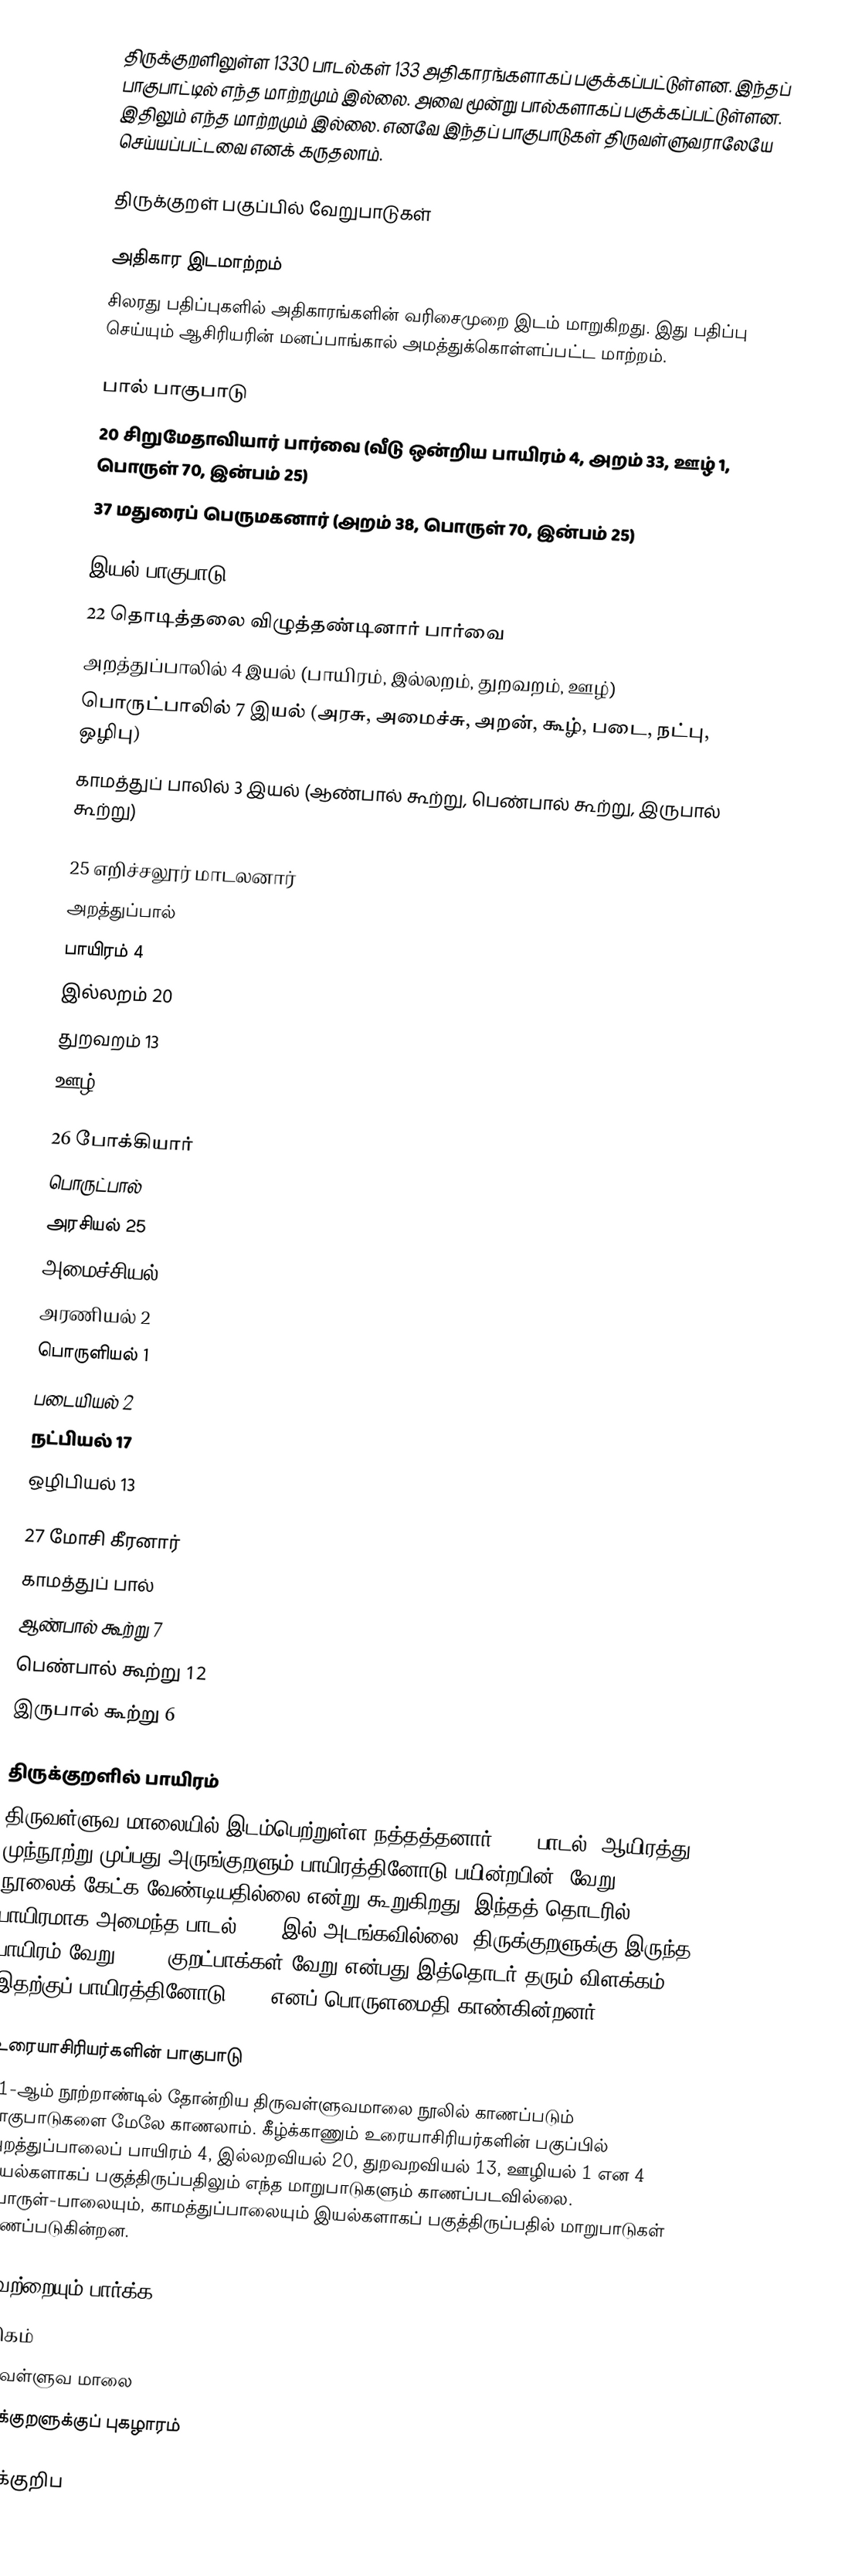
திருக்குறளிலுள்ள 1330 பாடல்கள் 133 அதிகாரங்களாகப் பகுக்கப்பட்டுள்ளன. இந்தப் பாகுபாட்டில் எந்த மாற்றமும் இல்லை. அவை மூன்று பால்களாகப் பகுக்கப்பட்டுள்ளன. இதிலும் எந்த மாற்றமும் இல்லை. எனவே இந்தப் பாகுபாடுகள் திருவள்ளுவராலேயே செய்யப்பட்டவை எனக் கருதலாம்.

திருக்குறள் பகுப்பில் வேறுபாடுகள்

அதிகார இடமாற்றம்
சிலரது பதிப்புகளில் அதிகாரங்களின் வரிசைமுறை இடம் மாறுகிறது. இது பதிப்பு செய்யும் ஆசிரியரின் மனப்பாங்கால் அமத்துக்கொள்ளப்பட்ட மாற்றம்.

பால் பாகுபாடு
20 சிறுமேதாவியார் பார்வை (வீடு ஒன்றிய பாயிரம் 4, அறம் 33, ஊழ் 1, பொருள் 70, இன்பம் 25)
37 மதுரைப் பெருமகனார் (அறம் 38, பொருள் 70, இன்பம் 25)

இயல் பாகுபாடு
22 தொடித்தலை விழுத்தண்டினார் பார்வை
 அறத்துப்பாலில் 4 இயல் (பாயிரம், இல்லறம், துறவறம், ஊழ்)
 பொருட்பாலில் 7 இயல் (அரசு, அமைச்சு, அறன், கூழ், படை, நட்பு, ஒழிபு)
 காமத்துப் பாலில் 3 இயல் (ஆண்பால் கூற்று, பெண்பால் கூற்று, இருபால் கூற்று)

25 எறிச்சலூர் மாடலனார்
அறத்துப்பால்
 பாயிரம் 4
 இல்லறம் 20
 துறவறம் 13
 ஊழ் 1

26 போக்கியார்
பொருட்பால்
 அரசியல் 25
 அமைச்சியல் 10
 அரணியல் 2
 பொருளியல் 1
 படையியல் 2
 நட்பியல் 17
 ஒழிபியல் 13

27 மோசி கீரனார்
காமத்துப் பால்
 ஆண்பால் கூற்று 7
 பெண்பால் கூற்று 12
 இருபால் கூற்று 6

திருக்குறளில் பாயிரம்
திருவள்ளுவ மாலையில் இடம்பெற்றுள்ள  நத்தத்தனார் (16) பாடல் 'ஆயிரத்து முந்நூற்று முப்பது அருங்குறளும் பாயிரத்தினோடு பயின்றபின்' வேறு நூலைக் கேட்க வேண்டியதில்லை என்று கூறுகிறது. இந்தத் தொடரில் பாயிரமாக அமைந்த பாடல் 1330-இல் அடங்கவில்லை. திருக்குறளுக்கு இருந்த பாயிரம் வேறு, 1330 குறட்பாக்கள் வேறு என்பது இத்தொடர் தரும் விளக்கம். இதற்குப் பாயிரத்தினோடு 1330 எனப் பொருளமைதி காண்கின்றனர்.

உரையாசிரியர்களின் பாகுபாடு
11-ஆம் நூற்றாண்டில் தோன்றிய திருவள்ளுவமாலை நூலில் காணப்படும் பாகுபாடுகளை மேலே காணலாம். கீழ்க்காணும் உரையாசிரியர்களின் பகுப்பில் அறத்துப்பாலைப் பாயிரம் 4, இல்லறவியல் 20, துறவறவியல் 13, ஊழியல் 1 என 4 இயல்களாகப் பகுத்திருப்பதிலும் எந்த மாறுபாடுகளும் காணப்படவில்லை. பொருள்-பாலையும், காமத்துப்பாலையும் இயல்களாகப் பகுத்திருப்பதில் மாறுபாடுகள் காணப்படுகின்றன.

இவற்றையும் பார்க்க
பதிகம்
திருவள்ளுவ மாலை
திருக்குறளுக்குப் புகழாரம்

அடிக்குறிப